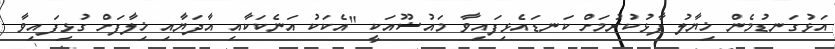
އަޅުގަނޑުމެން ޚިޔާލު ފާޅުކުރުމަށް ކަނޑައެޅިފައިވާ މައުޟޫއަކީ "އެކަކު އަނެކަކާއި އާދަޔާއި ޚިލާފަށް ގުޅިފައިވާ